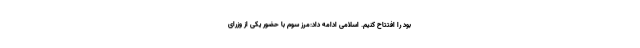
بود را افتتاح کنیم. اسلامی ادامه داد:مرز سوم با حضور یکی از وزرای